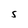
Character: S